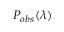
P _ { o b s } ( \lambda )